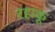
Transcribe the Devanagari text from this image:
रहाकू